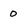
Character: 0